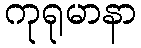
ကုရုမာနာ